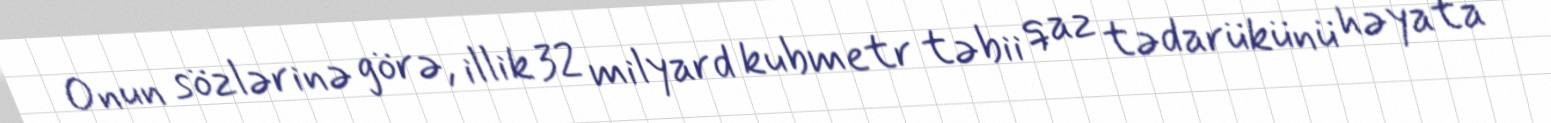
Onun sözlərinə görə, illik 32 milyard kubmetr təbii qaz tədarükünü həyata